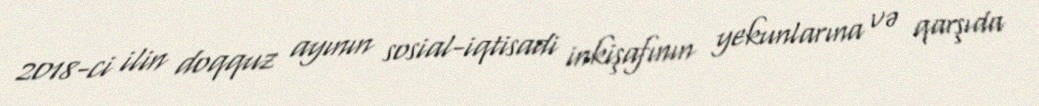
2018-ci ilin doqquz ayının sosial-iqtisadi inkişafının yekunlarına və qarşıda